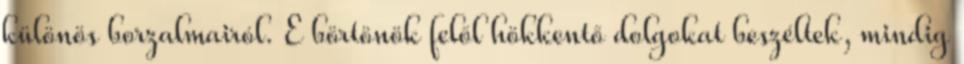
különös borzalmairól. E börtönök felől hökkentő dolgokat beszéltek, mindig